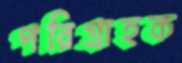
পরিগ্রাহক